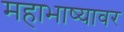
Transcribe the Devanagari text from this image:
महाभाष्यावर